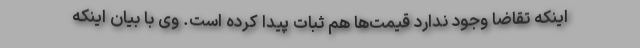
اینکه تقاضا وجود ندارد قیمت‌ها هم ثبات پیدا کرده است. وی با بیان اینکه